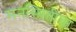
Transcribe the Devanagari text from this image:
मनस्थितीचा